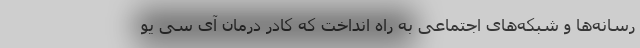
رسانه‌ها و شبکه‌های اجتماعی به راه انداخت که کادر درمان آی سی‌ یو